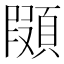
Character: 䫗